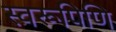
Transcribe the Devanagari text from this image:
स्वरूपिणि